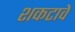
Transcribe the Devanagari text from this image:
शकटावे